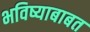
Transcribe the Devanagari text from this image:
भविष्याबाबत